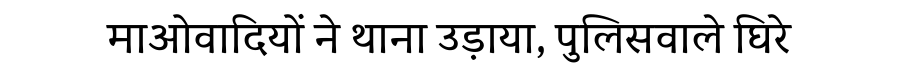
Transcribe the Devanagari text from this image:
माओवादियों ने थाना उड़ाया, पुलिसवाले घिरे